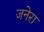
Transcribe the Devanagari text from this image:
जनेरा